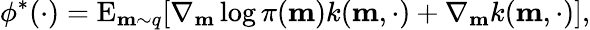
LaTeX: \phi^{\ast}(\cdot)=\mathrm{E}_{\mathbf{m}\sim q}[\nabla_{\mathbf{m}}\log\pi(\mathbf{m})k(\mathbf{m},\cdot)+\nabla_{\mathbf{m}}k(\mathbf{m},\cdot)],